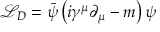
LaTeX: { \mathcal { L } } _ { D } = { \bar { \psi } } \left( i \gamma ^ { \mu } \partial _ { \mu } - m \right) \psi